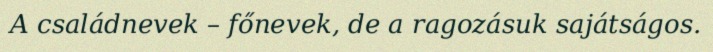
A családnevek – főnevek, de a ragozásuk sajátságos.